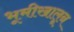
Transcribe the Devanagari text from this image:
भूमीखालून